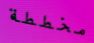
مخططة